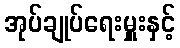
အုပ်ချုပ်ရေးမှူးနှင့်